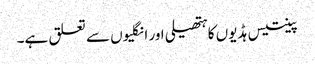
پینتیس ہڈیوں کا ہتھیلی اور انگلیوں سے تعلق ہے۔